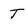
Character: T